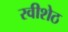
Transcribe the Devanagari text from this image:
रवीशेठ